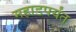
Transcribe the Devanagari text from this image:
महाडपर्यंत